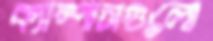
ক্যাম্পাসগুলো